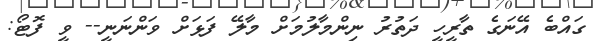
ގައްބެ އޭނަގެ ތާރީހީ ދަތުރު ނިންމާލުމަށް މާލޭ ފަޅަށް ވަންނަނީ-- ވީ ފޮޓޯ: